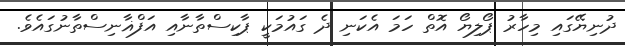
ދުނިޔޭގައި މިހާރު ޕޯލިޔޯ އޮތް ހަމަ އެކަނި ދެ ގައުމަކީ ޕާކިސްތާނާއި އަފްޣާނިސްތާނުގައެވެ.